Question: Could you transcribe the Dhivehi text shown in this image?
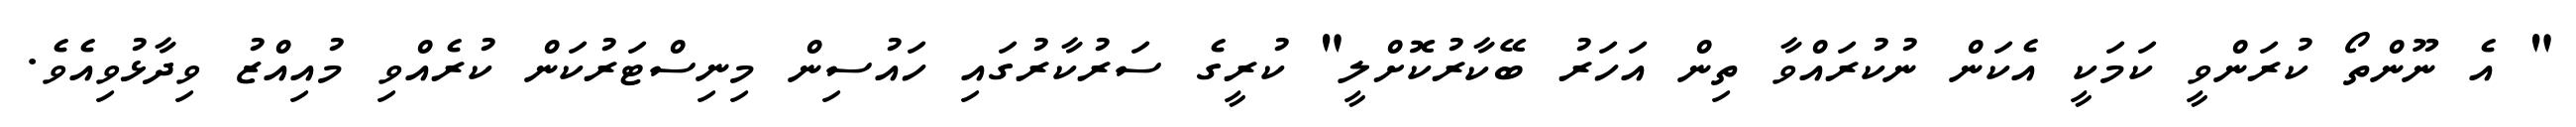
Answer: " އެ ނޫންތޯ ކުރަންވީ ކަމަކީ އެކަން ނުކުރައްވާ ތިން އަހަރު ބޭކާރުކޮށްލީ" ކުރީގެ ސަރުކާރުގައި ހައުސިން މިނިސްޓަރުކަން ކުރެއްވި މުއިއްޒު ވިދާޅުވިއެވެ.